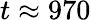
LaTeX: t\approx 970